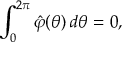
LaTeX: \int _ { 0 } ^ { 2 \pi } \hat { \varphi } ( \theta ) \, d \theta = 0 ,